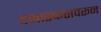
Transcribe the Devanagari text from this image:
दमास्कसवरून